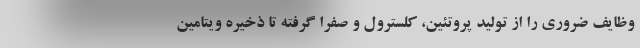
وظایف ضروری را از تولید پروتئین، کلسترول و صفرا گرفته تا ذخیره ویتامین